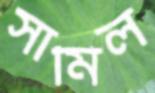
সামিল